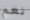
نعم